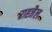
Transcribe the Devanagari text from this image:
राह्जैल